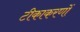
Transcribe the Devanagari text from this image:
टीकाकरणों